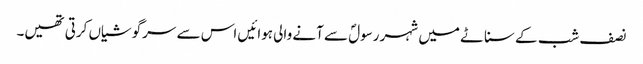
نصف شب کے سناٹے میں شہر رسولؐ سے آنے والی ہوائیں اس سے سرگوشیاں کرتی تھیں۔